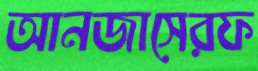
আনজাসেরফ